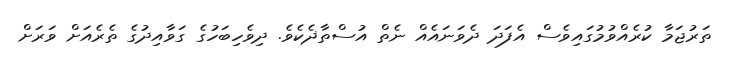
ތަރުޖަމާ ކުރެއްވުމުގައިވެސް އެފަދަ ދެވަނައެއް ނެތް އުސްތާޛެކެވެ. ދިވެހިބަހުގެ ގަވާއިދުގެ ތެރެއަށް ވަރަށް